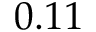
0 . 1 1